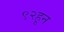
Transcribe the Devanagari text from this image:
९२हून